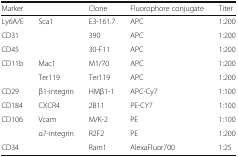
| <COLSPAN=2> Marker | Clone | Fluorophore conjugate | Titer |
 | --- | --- | --- | --- | --- |
 | Ly6A/E | Sca1 | E3-161.7 | APC | 1:200 |
 | CD31 |  | 390 | APC | 1:200 |
 | CD45 |  | 30-F11 | APC | 1:200 |
 | CD11b | Mac1 | M1/70 | APC | 1:200 |
 |  | Ter119 | Ter119 | APC | 1:200 |
 | CD29 | β1-integrin | HMβ1-1 | APC-Cy7 | 1:100 |
 | CD184 | CXCR4 | 2B11 | PE-CY7 | 1:100 |
 | CD106 | Vcam | M/K-2 | PE | 1:100 |
 |  | α7-integrin | R2F2 | PE | 1:200 |
 | CD34 |  | Ram1 | AlexaFluor700 | 1:25 |